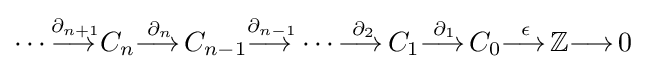
\dotsb {\overset {\partial _{n+1}}{\longrightarrow \,}}C_{n}{\overset {\partial _{n}}{\longrightarrow \,}}C_{n-1}{\overset {\partial _{n-1}}{\longrightarrow \,}}\dotsb {\overset {\partial _{2}}{\longrightarrow \,}}C_{1}{\overset {\partial _{1}}{\longrightarrow \,}}C_{0}{\overset {\epsilon }{\longrightarrow \,}}\mathbb {Z} {\longrightarrow \,}0